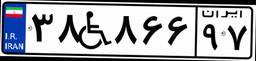
۴۶W۷۴۲۰۷